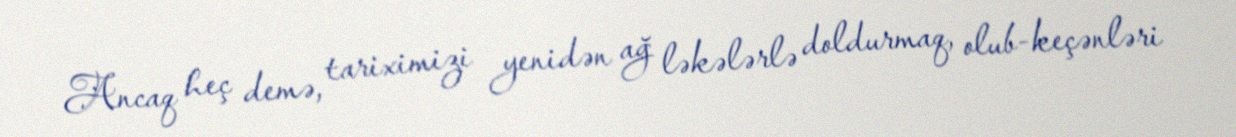
Ancaq heç demə, tariximizi yenidən ağ ləkələrlə doldurmaq, olub-keçənləri